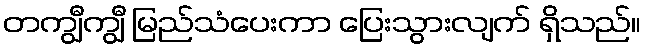
တကျွီကျွီ မြည်သံပေးကာ ပြေးသွားလျက် ရှိသည်။